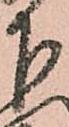
下